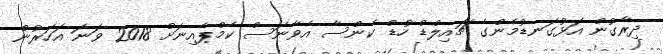
ދިރާގުން އަޅުގަނޑުމެންގެ ޗައިލްޑް ހުޑް ކެންސާ އެވާނަސް ކެމްޕެއިނަށް 2018 ވަނަ އަހަރުން